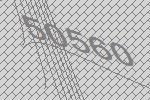
50560